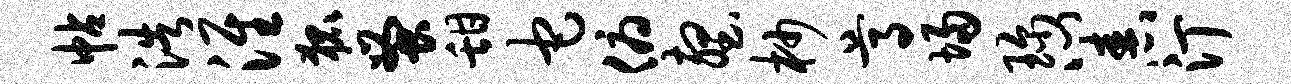
帖浩淮狐蚤甜它俯壑杪尊埽珍心舂汀